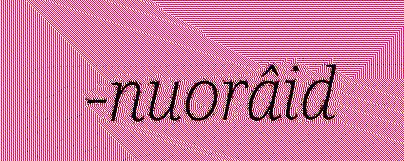
-nuorâid